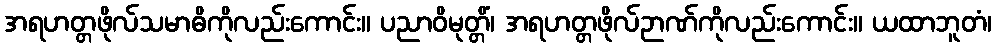
အရဟတ္တဖိုလ်သမာဓိကိုလည်းကောင်း။ ပညာဝိမုတ္တိံ၊ အရဟတ္တဖိုလ်ဉာဏ်ကိုလည်းကောင်း။ ယထာဘူတံ၊